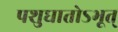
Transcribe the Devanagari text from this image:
पशुघातोऽभूत्‌